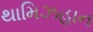
થામિઝહાન